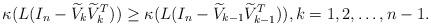
LaTeX: \begin{align*}\kappa(L(I_n -\widetilde{V}_k\widetilde{V}_k^T))\geq\kappa(L(I_n -\widetilde{V}_{k-1}\widetilde{V}_{k-1}^T)),k =1, 2,\ldots,n-1.\end{align*}